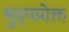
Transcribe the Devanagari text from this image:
बुद्धप्रोक्त